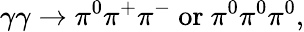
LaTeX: \gamma\gamma\to\pi^{0}\pi^{+}\pi^{-}\mathrm{~or~}\pi^{0}\pi^{0}\pi^{0},